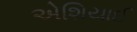
એશિયાઈ